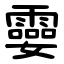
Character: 孁